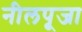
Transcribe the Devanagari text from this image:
नीलपूजा